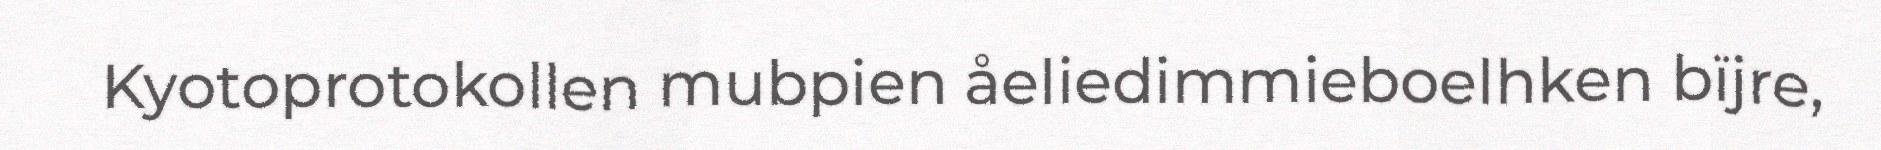
Kyotoprotokollen mubpien åeliedimmieboelhken bïjre,